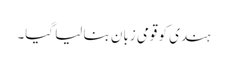
ہندی کو قومی زبان بنا لیا گیا۔